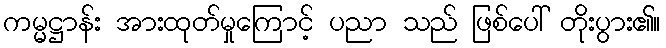
ကမ္မဋ္ဌာန်း အားထုတ်မှုကြောင့် ပညာ သည် ဖြစ်ပေါ် တိုးပွား၏။